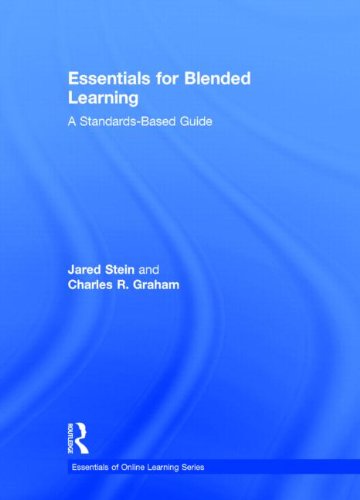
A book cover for Essentials for Blended Learning: A Standards-Based Guide (Essentials of Online Learning); Jared Stein; Education & Teaching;